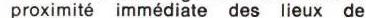
proximité immédiate des lieux de